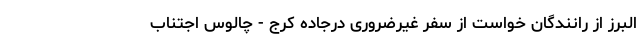
البرز از رانندگان خواست از سفر غیرضروری درجاده کرج - چالوس اجتناب